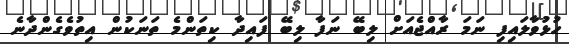
ހުޅުވާލައިފި ނަމަ ރާއްޖެއަށް ލިބޭ ނަފާ ލިބޭ ފައިދާ ކިތަންމެ ތަނަކުން އިތުވެގެންދާނެ